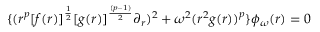
\{ ( r ^ { p } [ f ( r ) ] ^ { { \frac { 1 } { 2 } } } [ g ( r ) ] ^ { \frac { ( p - 1 ) } { 2 } } \partial _ { r } ) ^ { 2 } + \omega ^ { 2 } ( r ^ { 2 } g ( r ) ) ^ { p } \} \phi _ { \omega } ( r ) = 0